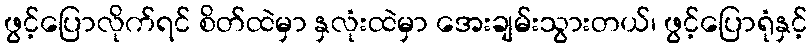
ဖွင့်ပြောလိုက်ရင် စိတ်ထဲမှာ နှလုံးထဲမှာ အေးချမ်းသွားတယ်၊ ဖွင့်ပြောရုံနှင့်